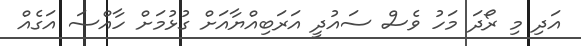
އަދި މި ރޯދަ މަހު ވެސް ސައުދީ އަރަބިއްޔާއަށް ގުޅުމަށް ހާއްސަ އަގެއް